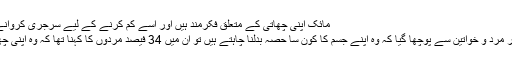
Image caption مائک اپنی چھاتی کے متعلق فکرمند ہیں اور اسے کم کرنے کے لیے سرجری کروانے کا فیصلہ کیا
بی بی سی سروے میں تقریباً دو ہزار مرد و خواتین سے پوچھا گیا کہ وہ اپنے جسم کا کون سا حصہ بدلنا چاہتے ہیں تو ان میں 34 فیصد مردوں کا کہنا تھا کہ وہ اپنی چھاتی اور پیٹ میں تبدیلی چاہتے ہیں۔